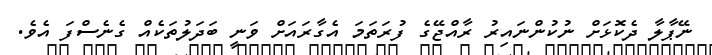
ނޭޕާލާ ދެކޮޅަށް ނުކުންނައިރު ރާއްޖޭގެ ފުރަތަމަ އެގާރައަށް ވަނީ ބަދަލުތަކެއް ގެނެސްފަ އެވެ.